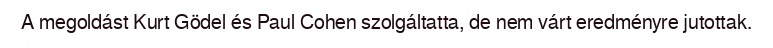
A megoldást Kurt Gödel és Paul Cohen szolgáltatta, de nem várt eredményre jutottak.